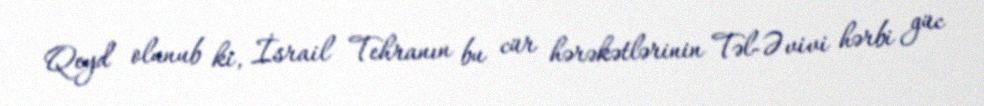
Qeyd olunub ki, İsrail Tehranın bu cür hərəkətlərinin Təl-Əvivi hərbi güc